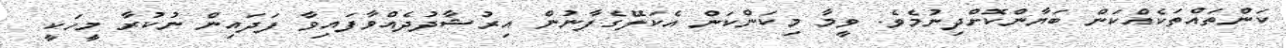
ކަންތައްތަކެއްކަން ބަޔާންކޮށްދިނުމެވެ. ވީމާ މިކަންކަން އެކަލޭގެފާނުން އިރުޝާދުދެއްވާފައިވާ ފަދައިން ނުކުރާ މީހަކީ